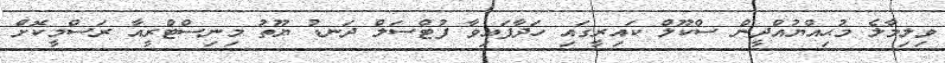
ވިލިމާލެ މުޙިއްޔުއްދީން ސްކޫލް ކައިރީގައި ހަދާފައިވާ ފުޓްސަލް ދަނޑު ޔޫތު މިނިސްޓްރީއާ ރަސްމީކޮށް